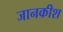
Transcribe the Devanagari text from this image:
जानकीश